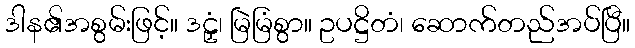
ဒါန၏အစွမ်းဖြင့်။ ဒဠှံ၊ မြဲမြံစွာ။ ဥပဋ္ဌိတံ၊ ဆောက်တည်အပ်ပြီ။